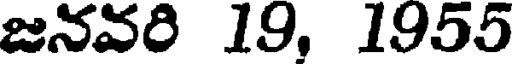
జనవరి 19, 1955